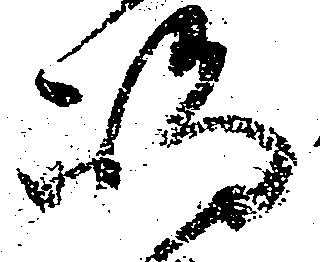
嶋